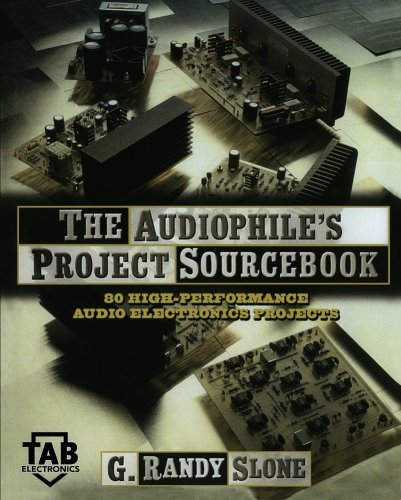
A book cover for The Audiophile's Project Sourcebook: 80 High-Performance Audio Electronics Projects; G. Randy Slone; Science & Math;